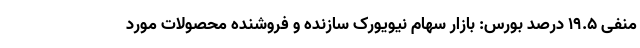
منفی ۱۹.۵ درصد بورس: بازار سهام نیویورک سازنده و فروشنده محصولات مورد